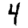
Digit: 4